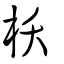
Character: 枖